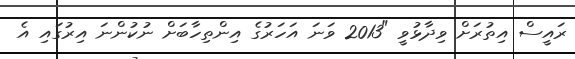
ރައީސް އިތުރަށް ވިދާޅުވީ "2013 ވަނަ އަހަރުގެ އިންތިހާބަށް ނުކުންނަ އިރުގައި އެ